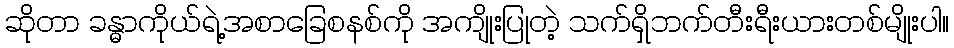
ဆိုတာ ခန္ဓာကိုယ်ရဲ့အစာခြေစနစ်ကို အကျိုးပြုတဲ့ သက်ရှိဘက်တီးရီးယားတစ်မျိုးပါ။